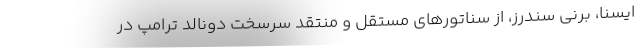
ایسنا، برنی سندرز، از سناتورهای مستقل و منتقد سرسخت دونالد ترامپ در